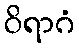
ဝိရာဂံ